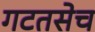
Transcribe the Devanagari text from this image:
गटतसेच